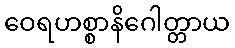
ဝေရဟစ္စာနိဂေါတ္တာယ